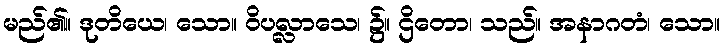
မည်၏။ ဒုတိယေ၊ သော။ ဝိပလ္လာသေ၊ ၌။ ဌိတော၊ သည်။ အနာဂတံ၊ သော။